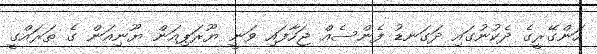
ހަންގޭރީގެ ދެކުނުގައި ދަގަނޑު ފެންސެއް ޖަހާފައި ވަނީ ޔޫރަޕިއަން ޔޫނިއަން ގެ ތަރައްގީ